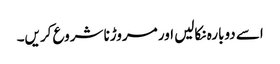
اسے دوبارہ نکالیں اور مروڑنا شروع کریں۔